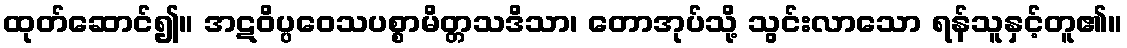
ထုတ်ဆောင်၍။ အဋဝိပ္ပဝေသပစ္စာမိတ္တသဒိသာ၊ တောအုပ်သို့ သွင်းလာသော ရန်သူနှင့်တူ၏။